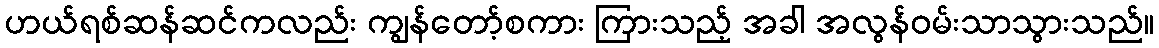
ဟယ်ရစ်ဆန်ဆင်ကလည်း ကျွန်တော့်စကား ကြားသည့် အခါ အလွန်ဝမ်းသာသွားသည်။